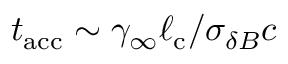
t _ { \mathrm { a c c } } \sim \gamma _ { \infty } \ell _ { \mathrm { c } } / \sigma _ { \delta B } c